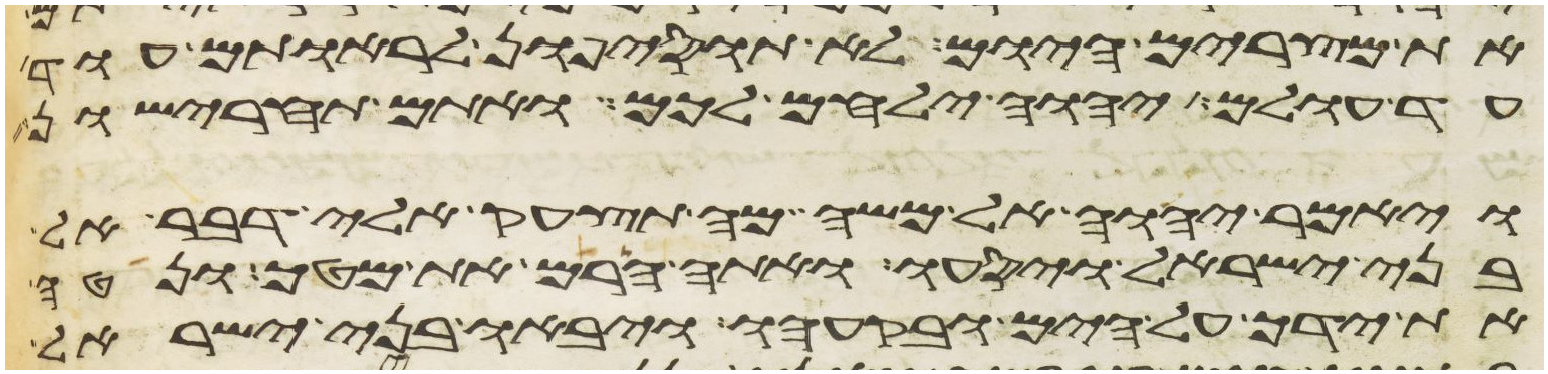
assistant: את מצרים היום לא תוסיפון לראותם עוד
עד עולם יהוה ילחם לכם ואתם תחרישון
ויאמר יהוה אל משה מה תצעק אלי דבר אל
בני ישראל ויסעו ואתה הרם את מטך ונטה
את ידך על הים ובקעהו ויבאו בני ישראל